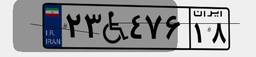
۲۳W۴۷۶۱۸